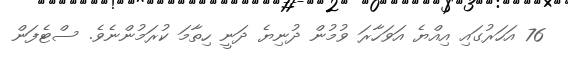
76 އަހަރުގައި އިއްޔެ އަވަހާރަ ވުމުން ދުނިޔެ ދަނީ ހިތާމަ ކުރަމުންނެވެ. ސްޓެފަން